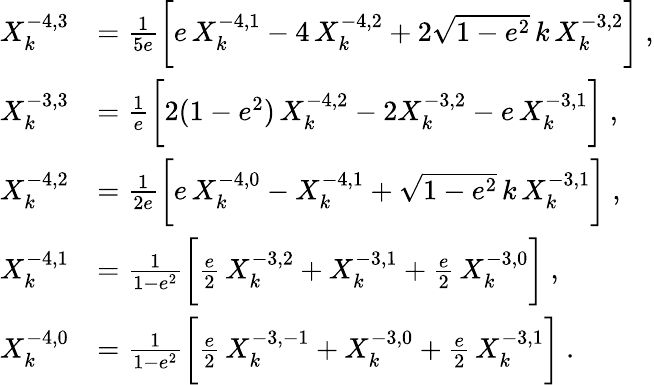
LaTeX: \begin{array}{rl}{X_{k}^{-4,3}}&{=\frac{1}{5e}\bigg[e\, X_{k}^{-4,1}-4\, X_{k}^{-4,2}+2\sqrt{1-e^{2}}\, k\, X_{k}^{-3,2}\bigg]\ ,}\\ {X_{k}^{-3,3}}&{=\frac{1}{e}\bigg[2(1-e^{2})\, X_{k}^{-4,2}-2X_{k}^{-3,2}-e\, X_{k}^{-3,1}\bigg]\ ,}\\ {X_{k}^{-4,2}}&{=\frac{1}{2e}\bigg[e\, X_{k}^{-4,0}-X_{k}^{-4,1}+\sqrt{1-e^{2}}\, k\, X_{k}^{-3,1}\bigg]\ ,}\\ {X_{k}^{-4,1}}&{=\frac{1}{1-e^{2}}\bigg[\frac{e}{2}\, X_{k}^{-3,2}+X_{k}^{-3,1}+\frac{e}{2}\, X_{k}^{-3,0}\bigg]\ ,}\\ {X_{k}^{-4,0}}&{=\frac{1}{1-e^{2}}\bigg[\frac{e}{2}\, X_{k}^{-3,-1}+X_{k}^{-3,0}+\frac{e}{2}\, X_{k}^{-3,1}\bigg]\ .}\end{array}